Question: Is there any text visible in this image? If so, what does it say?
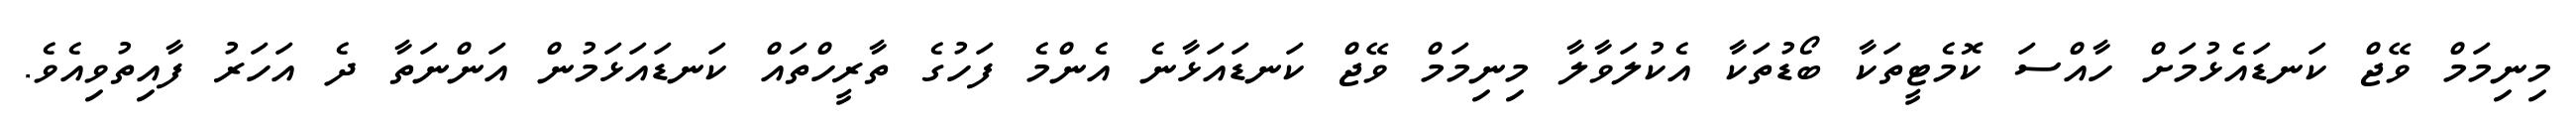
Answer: މިނިމަމް ވޭޖް ކަނޑައެޅުމަށް ހާއްސަ ކޮމެޓީތަކާ ބޯޑުތަކާ އެކުލަވާލާ މިނިމަމް ވޭޖް ކަނޑައަޅާނެ އެންމެ ފަހުގެ ތާރީހްތައް ކަނޑައަޅަމުން އަންނަތާ ދެ އަހަރު ފާއިތުވިއެވެ.